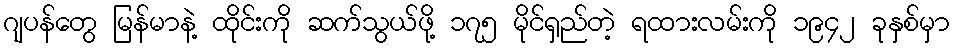
ဂျပန်တွေ မြန်မာနဲ့ ထိုင်းကို ဆက်သွယ်ဖို့ ၁၇၅ မိုင်ရှည်တဲ့ ရထားလမ်းကို ၁၉၄၂ ခုနှစ်မှာ